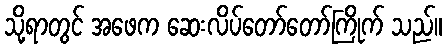
သို့ရာတွင် အဖေက ဆေးလိပ်တော်တော်ကြိုက် သည်။